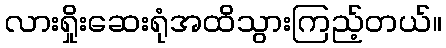
လားရှိုးဆေးရုံအထိသွားကြည့်တယ်။